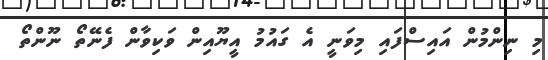
މި ނިންމުން އައިސްފައި މިވަނީ އެ ގައުމު އީޔޫއިން ވަކިވާން ފެނޭތޯ ނޫންތޯ